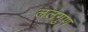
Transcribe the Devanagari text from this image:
ललगुण